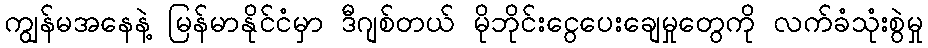
ကျွန်မအနေနဲ့ မြန်မာနိုင်ငံမှာ ဒီဂျစ်တယ် မိုဘိုင်းငွေပေးချေမှုတွေကို လက်ခံသုံးစွဲမှု